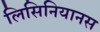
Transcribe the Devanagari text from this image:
लिसिनियानस